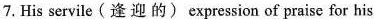
7. His servile(逢 迎 的) expression of praise for his